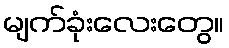
မျက်ခုံးလေးတွေ။